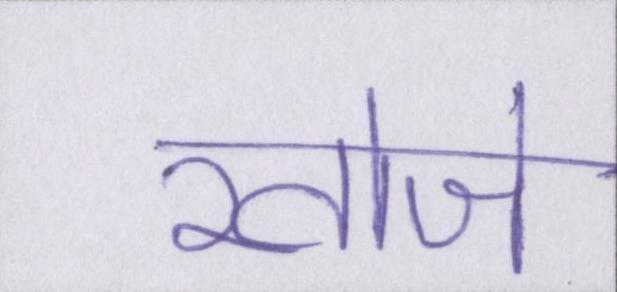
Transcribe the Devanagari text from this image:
खोजे